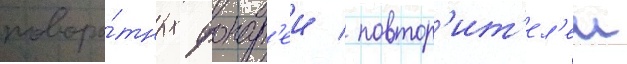
поворо́тных фонар'еи / повтор'ит'ел'еи